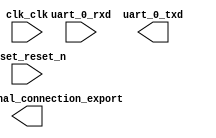

module niosii (
	clk_clk,
	pio_0_external_connection_export,
	reset_reset_n,
	uart_0_rxd,
	uart_0_txd);	

	input		clk_clk;
	output	[7:0]	pio_0_external_connection_export;
	input		reset_reset_n;
	input		uart_0_rxd;
	output		uart_0_txd;
endmodule